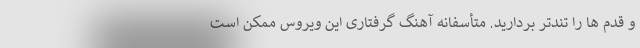
و قدم ها را تندتر بردارید. متأسفانه آهنگ گرفتاری این ویروس ممکن است